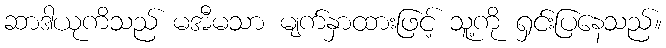
ဆာဒါယုကိသည် မအီမသာ မျက်နှာထားဖြင့် သူ့ကို ရှင်းပြနေသည်။